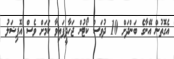
އެގޮތުން އޭނާގެ ބަންދަށް 10 ދުވަސް ކޯޓުން ޖަހާދީފައިވާ ކަމަށް ވެސް އޮފިޝަލު